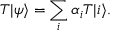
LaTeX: T | \psi \rangle = \sum _ { i } \alpha _ { i } T | i \rangle .